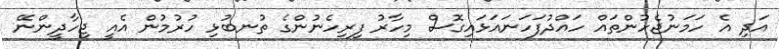
އަދި އެ ހަމަނުޖެހުންތައް ހައްދުފަހަނައަޅައިގޮސް މިހާރު ފިރިހެނުންގެ ތުނބުޅި ހުރުމުން އެއީ ޖިހާދީންނޭ